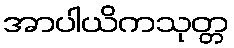
အာပါယိကသုတ္တ